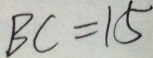
B C = 1 5